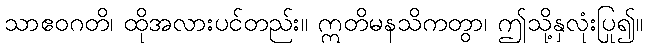
သာဧဝဂတိ၊ ထိုအလားပင်တည်း။ ဣတိမနသိကတွာ၊ ဤသို့နှလုံးပြု၍။